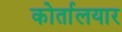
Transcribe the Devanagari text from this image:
कोर्तालयार